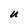
Character: U